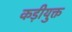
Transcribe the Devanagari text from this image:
कड़ीयुक्त